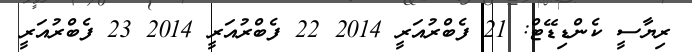
ރިޔާސީ ކެންޑިޑޭޓް: 21 ފެބްރުއަރީ 2014 22 ފެބްރުއަރީ 2014 23 ފެބްރުއަރީ